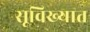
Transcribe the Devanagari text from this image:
सूविख्यात